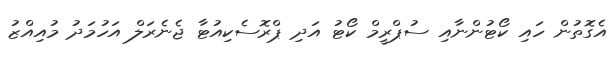
އެގޮތުން ހައި ކޯޓުންނާއި ސުޕްރީމް ކޯޓު އަދި ޕްރޮސެކިއުޓާ ޖެނެރަލް އަހުމަދު މުއިއްޒު